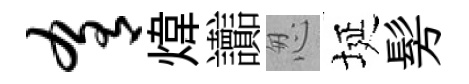
肴煒讟怱埏髣